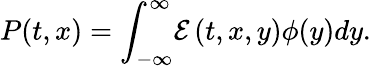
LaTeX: P(t,x)=\int_{-\infty}^{\infty}\! {\mathcal E}\left(t,x,y\right)\phi(y){dy}.